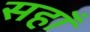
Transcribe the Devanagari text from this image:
सहाँ